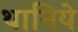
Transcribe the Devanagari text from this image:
थानिये